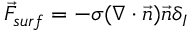
\vec { F } _ { s u r f } = - \sigma ( \nabla \cdot \vec { n } ) \vec { n } \delta _ { I }